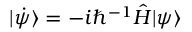
| \dot { \psi } \rangle = - i \hbar ^ { - 1 } \hat { H } | \psi \rangle